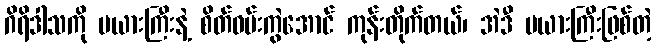
ဂိရိဒါသကို မယားကြီးနဲ့ စိတ်ဝမ်းကွဲအောင် ကုန်းတိုက်တယ်၊ အဲဒီ မယားကြီးဖြစ်တဲ့